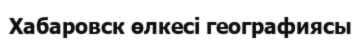
Хабаровск өлкесі географиясы